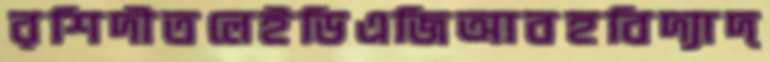
রশিদীতলেইডিএজিআবহবিদ্যাদ্